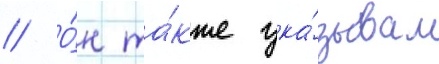
// О́н та́кже ука́зывал